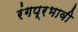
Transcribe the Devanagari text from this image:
रंगप्रभावी